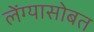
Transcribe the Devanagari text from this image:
लेंग्यासोबत